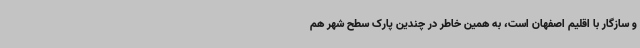
و سازگار با اقلیم اصفهان است، به همین خاطر در چندین پارک سطح شهر هم